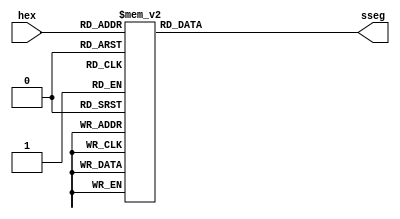
module hex_to_sseg_case(
  input [3:0] hex,
  output reg [7:0] sseg );

  always @*
  begin
    case(hex)
    
      4'b0000: sseg = 8'b1100_0000; // 0
      
      4'b0001: sseg = 8'b1111_1001; // 1
      
      4'b0010: sseg = 8'b1010_0100; // 2
      
      4'b0011: sseg = 8'b1011_0000; // 3
      
      4'b0100: sseg = 8'b1001_1001; // 4
      
      4'b0101: sseg = 8'b1001_0010; // 5
      
      4'b0110: sseg = 8'b1000_0010; // 6
      
      4'b0111: sseg = 8'b1111_1000; // 7
      
      4'b1000: sseg = 8'b1000_0000; // 8
      
      4'b1001: sseg = 8'b1001_0000; // 9
      
      4'b1010: sseg = 8'b1000_1000; // A
      
      4'b1011: sseg = 8'b1000_0011; // b
      
      4'b1100: sseg = 8'b1100_0110; // C
      
      4'b1101: sseg = 8'b1010_0001; // d
      
      4'b1110: sseg = 8'b1000_0110; // E
      
      4'b1111: sseg = 8'b1000_1110; // F

      //default: sseg = 8'b0111_1111; // not displaying anything, except dp for other combinations
    endcase
  end
  
endmodule